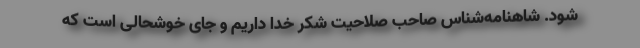
شود. شاهنامه‌شناس صاحب صلاحیت شکر خدا داریم و جای خوشحالی است که